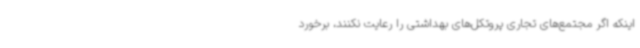
اینکه اگر مجتمع‌های تجاری پروتکل‌های بهداشتی را رعایت نکنند، برخورد